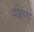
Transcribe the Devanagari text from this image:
पत्राना